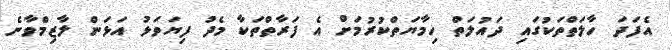
އެފަދަ ހާލަތްތަކުގައި ދައުލަތް ހިމާޔަތްކުރުމަށް އެ ފަރާތްތަކާ މެދު ފިޔަވަޅު އަޅަން ލާޒިމްވާނެ